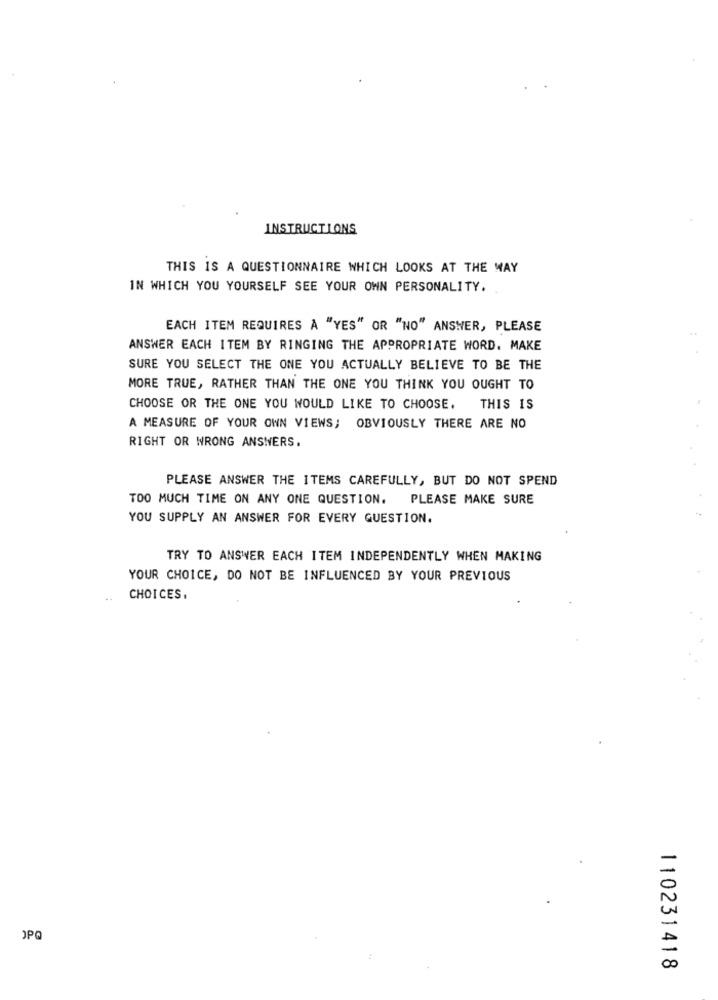
INSTRUCTIONS
THIS IS A QUESTIONNAIRE WHICH LOOKS AT THE WAY
IN WHICH YOU YOURSELF SEE YOUR OWN PERSONALITY.
EACH ITEM REQUIRES A "YES" OR "NO" ANSWER, PLEASE
ANSWER EACH ITEM BY RINGING THE APPROPRIATE WORD. MAKE
SURE YOU SELECT THE ONE YOU ACTUALLY BELIEVE TO BE THE
MORE TRUE, RATHER THAN THE ONE YOU THINK YOU OUGHT TO
CHOOSE OR THE ONE YOU WOULD LIKE TO CHOOSE.
THIS IS
A MEASURE OF YOUR OWN VIEWS; OBVIOUSLY THERE ARE NO
RIGHT OR WRONG ANSWERS.
PLEASE ANSWER THE ITEMS CAREFULLY, BUT DO NOT SPEND
TOO MUCH TIME ON ANY ONE QUESTION. PLEASE MAKE SURE
YOU SUPPLY AN ANSWER FOR EVERY QUESTION.
TRY TO ANSWER EACH ITEM INDEPENDENTLY WHEN MAKING
YOUR CHOICE, DO NOT BE INFLUENCED BY YOUR PREVIOUS
CHOICES.
OPQ
110231418